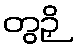
တွဉှိ